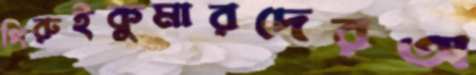
পিরুইকুমারদেরঅ